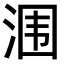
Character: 涠